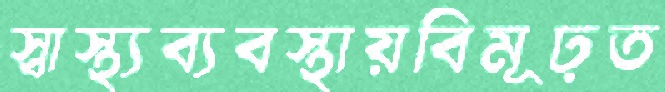
স্বাস্থ্যব্যবস্থায়বিমূঢ়ত